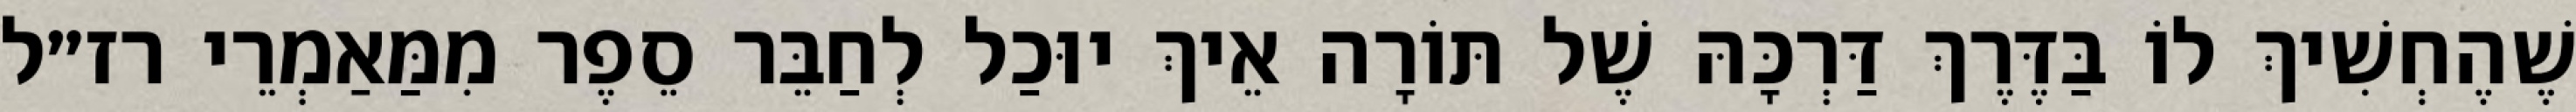
שֶׁהֶחְשִׁיךְ לוֹ בַּדֶּרֶךְ דַּרְכָּהּ שֶׁל תּוֹרָה אֵיךְ יוּכַל לְחַבֵּר סֵפֶר מִמַּאַמְרֵי רז״ל